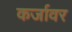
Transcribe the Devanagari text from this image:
कर्जावर